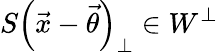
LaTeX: S\left(\vec{x}-\vec{\theta}\right)_{\perp}\in W^{\perp}